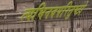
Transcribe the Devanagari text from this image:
त्यभिनवपरितुष्टो